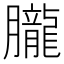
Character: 朧